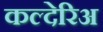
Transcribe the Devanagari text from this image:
कल्देरिअ